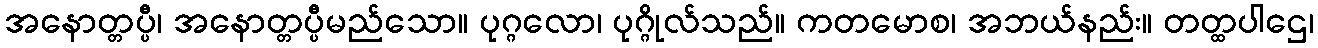
အနောတ္တပ္ပီ၊ အနောတ္တပ္ပီမည်သော။ ပုဂ္ဂလော၊ ပုဂ္ဂိုလ်သည်။ ကတမောစ၊ အဘယ်နည်း။ တတ္ထပါဌေ၊